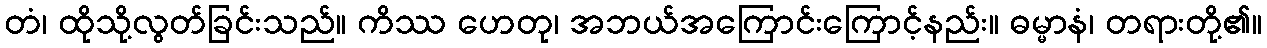
တံ၊ ထိုသို့လွတ်ခြင်းသည်။ ကိဿ ဟေတု၊ အဘယ်အကြောင်းကြောင့်နည်း။ ဓမ္မာနံ၊ တရားတို့၏။